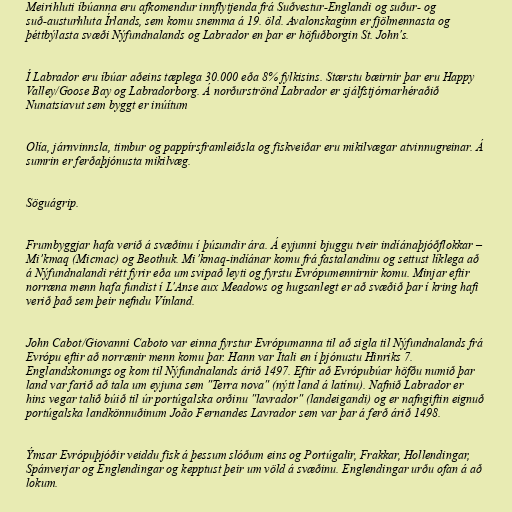
Meirihluti íbúanna eru afkomendur innflytjenda frá Suðvestur-Englandi og suður- og
suð-austurhluta Írlands, sem komu snemma á 19. öld. Avalonskaginn er fjölmennasta og
þéttbýlasta svæði Nýfundnalands og Labrador en þar er höfuðborgin St. John's.

Í Labrador eru íbúar aðeins tæplega 30.000 eða 8% fylkisins. Stærstu bæirnir þar eru Happy
Valley/Goose Bay og Labradorborg. Á norðurströnd Labrador er sjálfstjórnarhéraðið
Nunatsiavut sem byggt er inúítum

Olía, járnvinnsla, timbur og pappírsframleiðsla og fiskveiðar eru mikilvægar atvinnugreinar. Á
sumrin er ferðaþjónusta mikilvæg.

Söguágrip.

Frumbyggjar hafa verið á svæðinu í þúsundir ára. Á eyjunni bjuggu tveir indíánaþjóðflokkar –
Mi’kmaq (Micmac) og Beothuk. Mi’kmaq-indíánar komu frá fastalandinu og settust líklega að
á Nýfundnalandi rétt fyrir eða um svipað leyti og fyrstu Evrópumennirnir komu. Minjar eftir
norræna menn hafa fundist í L'Anse aux Meadows og hugsanlegt er að svæðið þar í kring hafi
verið það sem þeir nefndu Vínland.

John Cabot/Giovanni Caboto var einna fyrstur Evrópumanna til að sigla til Nýfundnalands frá
Evrópu eftir að norrænir menn komu þar. Hann var Ítali en í þjónustu Hinriks 7.
Englandskonungs og kom til Nýfundnalands árið 1497. Eftir að Evrópubúar höfðu numið þar
land var farið að tala um eyjuna sem "Terra nova" (nýtt land á latínu). Nafnið Labrador er
hins vegar talið búið til úr portúgalska orðinu "lavrador" (landeigandi) og er nafngiftin eignuð
portúgalska landkönnuðinum João Fernandes Lavrador sem var þar á ferð árið 1498.

Ýmsar Evrópuþjóðir veiddu fisk á þessum slóðum eins og Portúgalir, Frakkar, Hollendingar,
Spánverjar og Englendingar og kepptust þeir um völd á svæðinu. Englendingar urðu ofan á að
lokum.